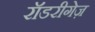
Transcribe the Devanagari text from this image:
रॉडरीगेज़